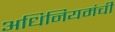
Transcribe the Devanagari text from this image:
अधिनियमंची